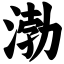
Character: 渤